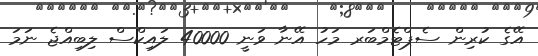
އޭގެ ކުރިން ސެޕްޓެމްބަރ މަހު އޭނާ ވަނީ 40000 ލައިކްސް ލިބިއްޖެ ނަމަ